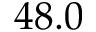
4 8 . 0